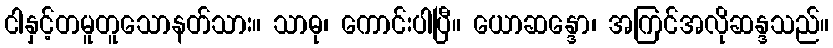
ငါနှင့်တမူတူသောနတ်သား။ သာဓု၊ ကောင်းပါပြီ။ ယောဆန္ဒော၊ အကြင်အလိုဆန္ဒသည်။